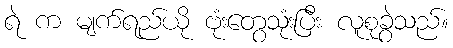
ရဲ က မျက်ရည်ယို ဗုံးတွေသုံးပြီး လူစုခွဲသည်။